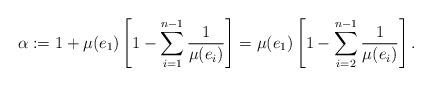
LaTeX: \begin{align*}\alpha:= 1+\mu(e_1)\left[1-\sum_{i=1}^{n-1} \frac{1}{\mu(e_i)}\right] = \mu(e_{1})\left[1-\sum_{i=2}^{n-1} \frac{1}{\mu(e_i)}\right] .\end{align*}